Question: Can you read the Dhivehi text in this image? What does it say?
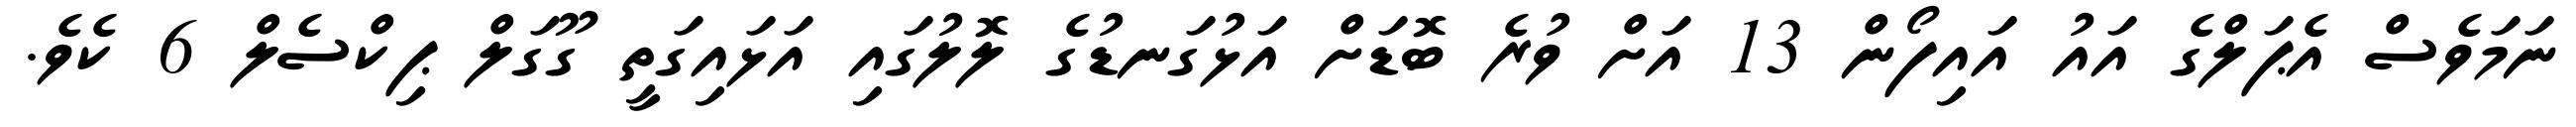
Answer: ނަމަވެސް އެޕަލްގެ އައު އައިފޯން 13 އަށް ވުރެ ބޮޑަށް އަޅުގަނޑުގެ ލޮލުގައި އަޅައިގަތީ ގޫގަލް ޕިކްސެލް 6 ކެވެ.